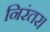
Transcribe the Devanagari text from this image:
निरंतर।